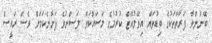
ބޭނުންވާ ފަރާތްތަކުގެ ބިޑުތައް އިވޭލުއޭޓް ކުރުމުގެ މަސައްކަތް ލަސްނުވެ ފަށާނެކަމަށް ވެސް ރައީސް